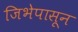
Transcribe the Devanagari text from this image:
जिभेपासून